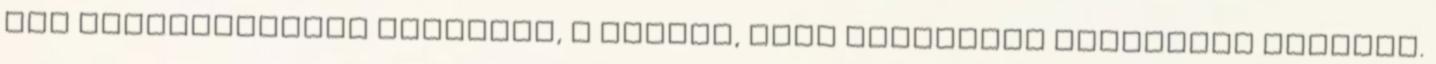
meg számítógéppel csócsált, a lényeg, hogy minimális deficitet lássunk.